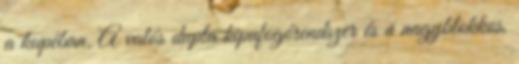
a kupéban. A valós dupla kipufogórendszer és a nagyblokkos,